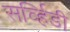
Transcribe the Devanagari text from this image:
सर्व्हिडी